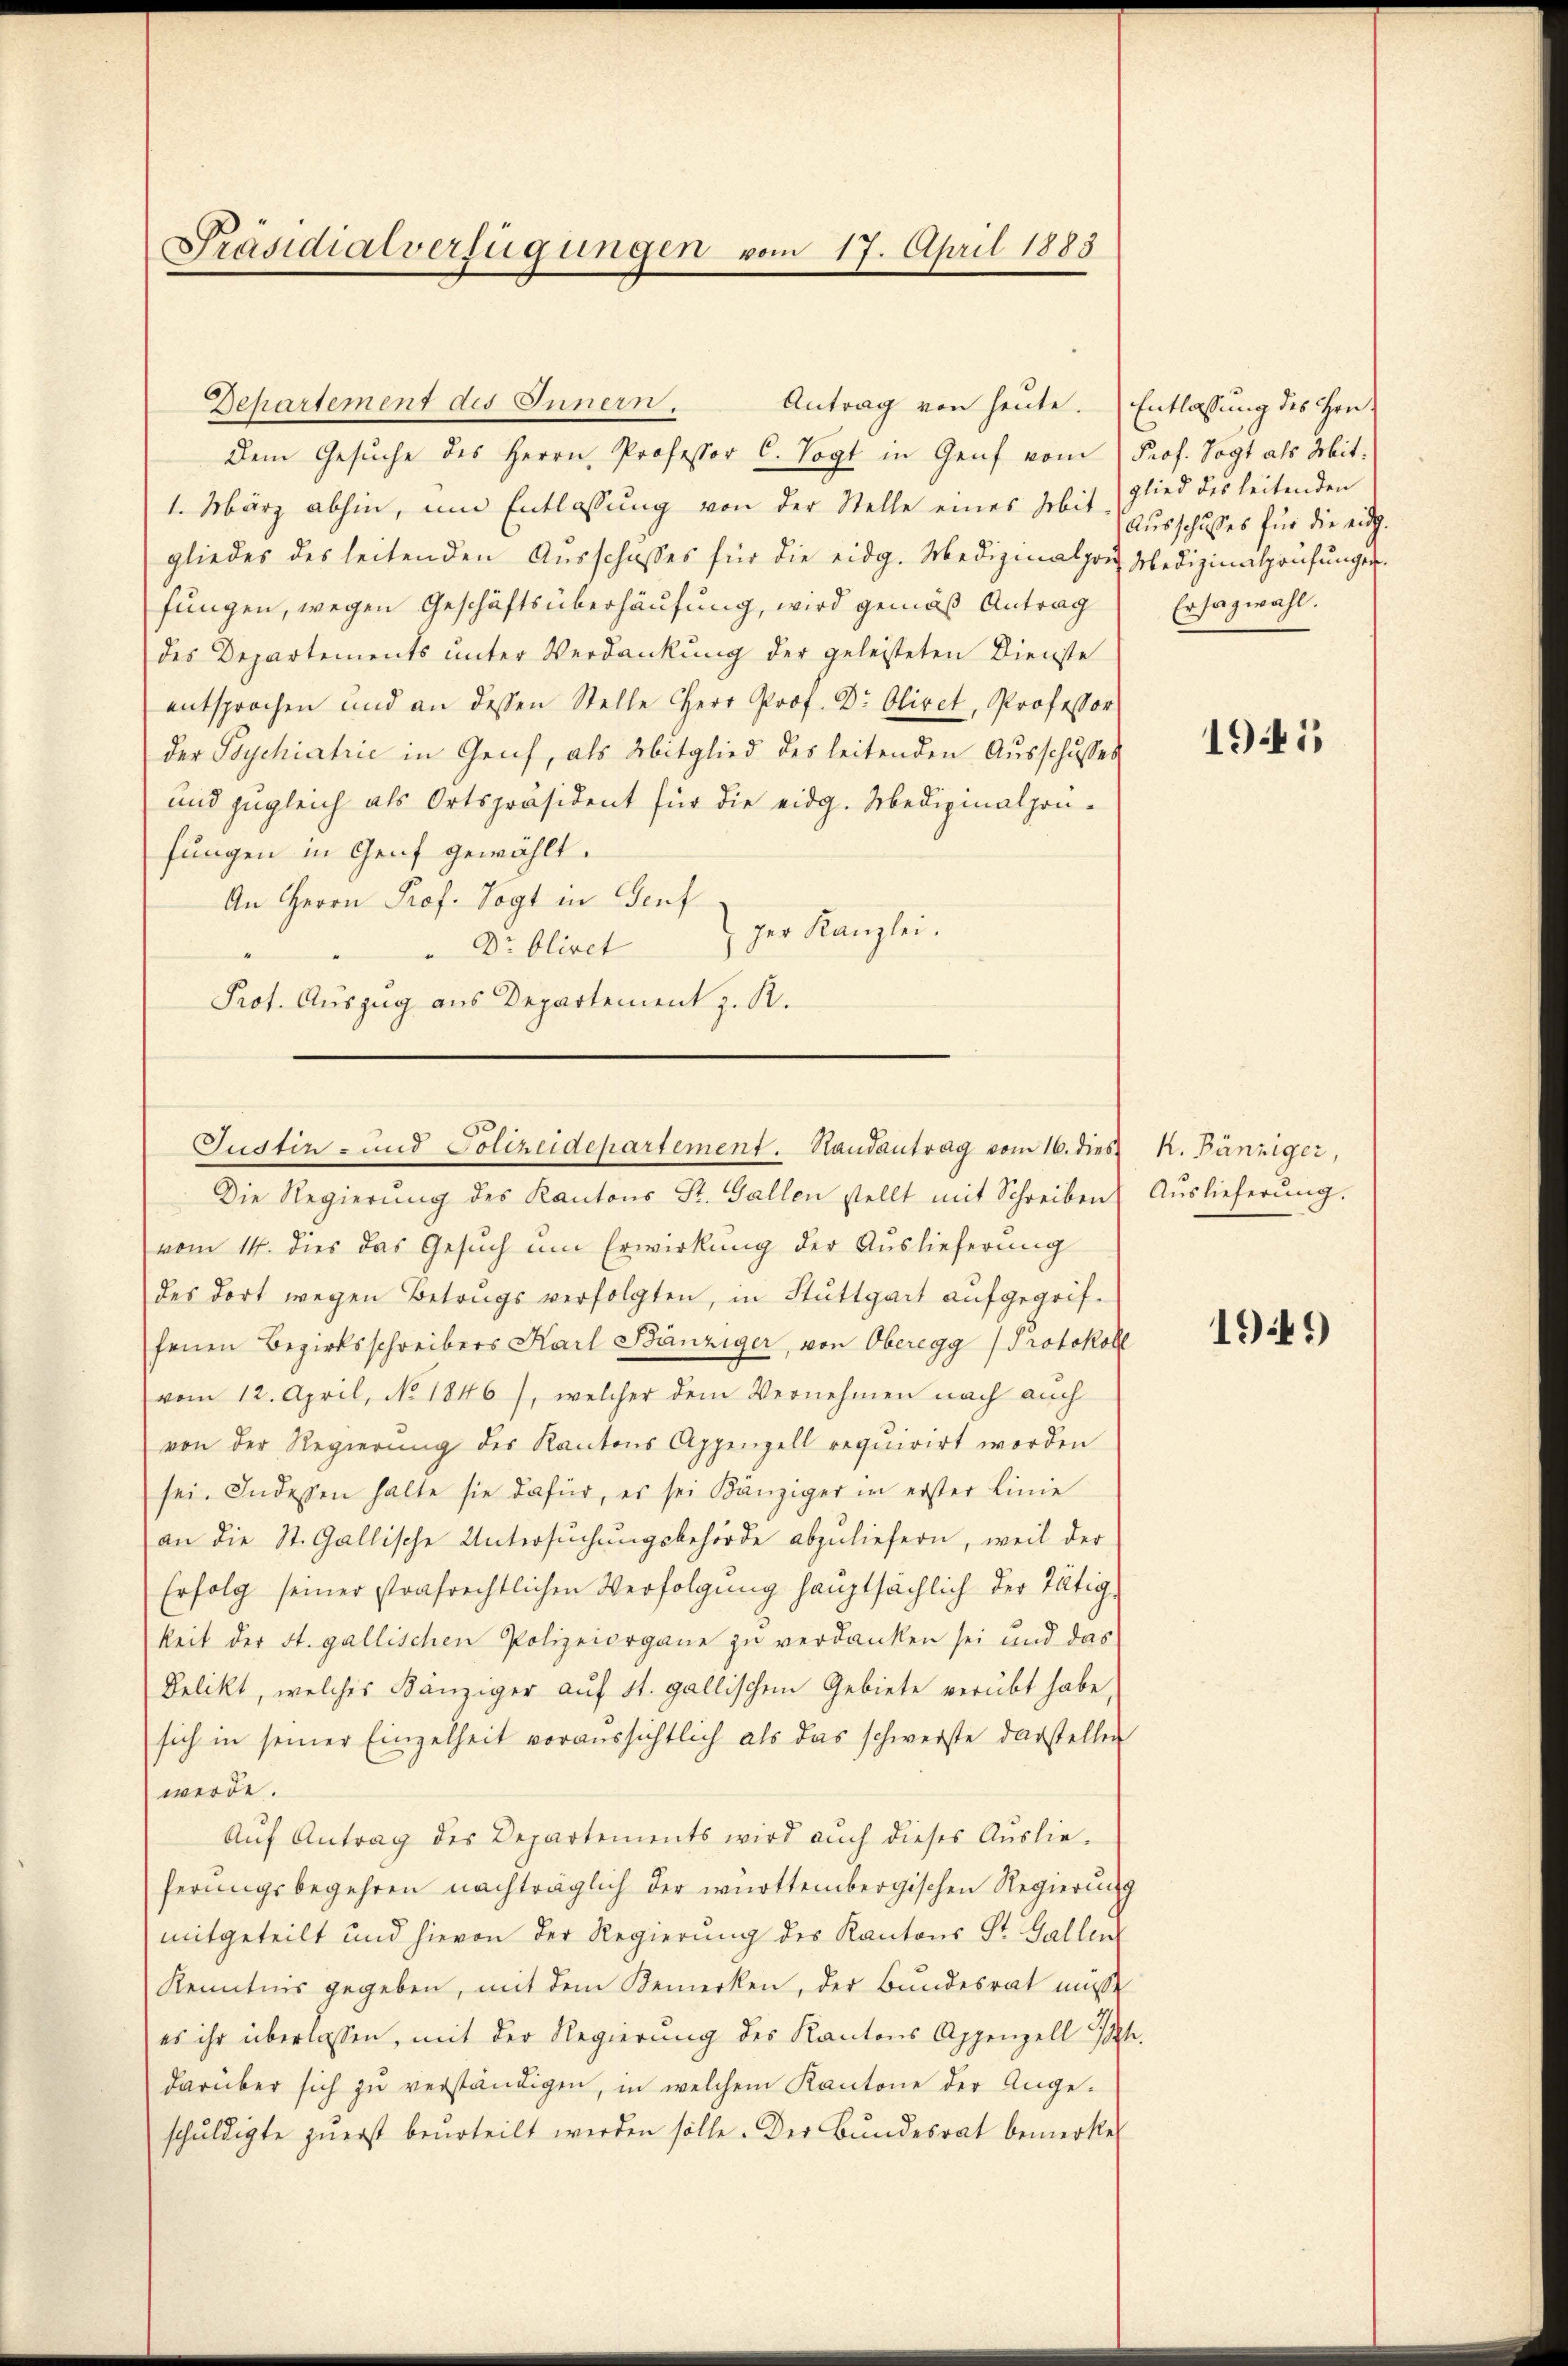
Präsidialverfügungen vom 17. April 1883

Dem Gesŭche des Herrn Professor C. Vogt in Genf vom
1. März abhin, um Entlassung von der Stelle eines Mit- Ausschusses für die eidg.
gliedes des leitenden Ausschusses für die eidg. Medizinalpoi Medizinalprüfunger
fungen, wegen Geschäftsüberhausung, wird gemäß Antrag
des Departements unter Verdankung der geleisteten Dienste
entsprochen und an dessen Stelle Herr Prof. Dr Oliret, Professor
der Psychiatrie in Geich, als Mitglied des leitenden Ausschusses
und zugleich als Ortspräsident für die eidg. Medizinalprüfungen in Genf gewählt.
An Herrn Prof. Vogt in Genf
zer Kanzlei.
" Dr. bliret
Prof. Auszug aus Departement z. R.
Die Regierung des Kantons St. Gallen stellt mit Schreiben
vom 14. dies das Gesuch um Erwirkung der Auslieferung
des dort wegen Betrugs verfolgten, in Stuttgart aufgegriffenen Bezirksschreibers Karl Bänziger, von Oberegg Protokoll
vom 12. April, No. 1846), welcher dem Vernehmen nach auch
von der Regierŭng des Kantons Appenzell requirirt worden
sei. Indessen halte sie dafür, es sei Känziger in erster Linie
an die St. Gallische Untersuchungsbehörde abzuliefern, weil der
Erfolg seiner strafrechtlichen Verfolgung hauptsächlich der Tätig
keit der St. gallischen Polizeiorgane zu verdanken sei und das
Delikt, welches Bänziger auf St. gallischen Gebiete verübt habe,
sich in seiner Einzelheit voraussichtlich als das schwerste darstellen
werde.
Aŭf Antrag des Departements wird aŭch dieses Auslie-
ferungsbegehren nachträglich der württembergischen Regierung
mitgeteilt und hievon der Regierung des Kantons St. Gallen
Kenntnis gegeben, mit dem Bemerken, der Bundesrat müsse
es ihr überlassen, mit der Regierung des Kantons Appenzell I.
darüber sich zŭ verständigen, in welchem Kantone der Angeschuldigte zuerst beurteilt werden solle. Der Bundesrat bemerke

Departement des Innern. Antrag von heute.

Justin- und Polizeidepartement. Randantrag vom 16. dies

Entlassung des Hrn.
Prof. Vogt als Mitglied des leitenden
Ersazwahl.

1945

K. Bänziger,
Auslieferung.

1941)